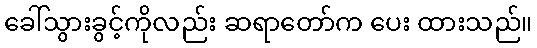
ခေါ်သွားခွင့်ကိုလည်း ဆရာတော်က ပေး ထားသည်။